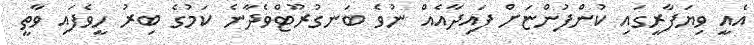
އެއީ ވިޔަފާރީގައި ކުންފުންޏަށް ފައިދާއެއް ނުވެ ބަނގުރޫޓްވެދާނެ ކަމުގެ ބިރު ހީވެފައި ވާތީ